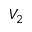
V _ { 2 }